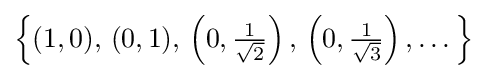
\left\{(1,0),\,(0,1),\,\left(0,{\tfrac {1}{\sqrt {2}}}\right),\,\left(0,{\tfrac {1}{\sqrt {3}}}\right),\dotsc \right\}